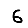
Digit: 6